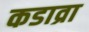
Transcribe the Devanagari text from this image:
कडाव्रा